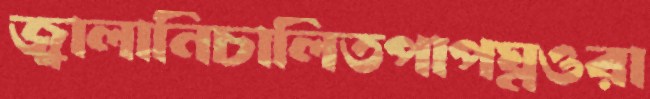
জ্বালানিচালিতপাপঘ্নওরা